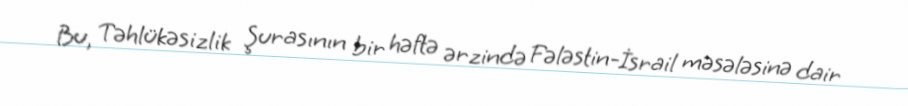
Bu, Təhlükəsizlik Şurasının bir həftə ərzində Fələstin-İsrail məsələsinə dair